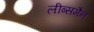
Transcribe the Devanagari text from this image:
लीब्समैन